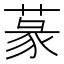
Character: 蒃